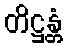
တိဋ္ဌန္တံ